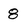
Character: 8